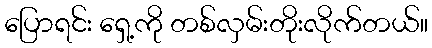
ပြောရင်း ရှေ့ကို တစ်လှမ်းတိုးလိုက်တယ်။